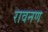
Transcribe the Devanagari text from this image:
रावनण